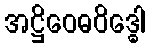
အဋ္ဌိဝေဓဝိဒ္ဓေါ